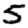
Digit: 5